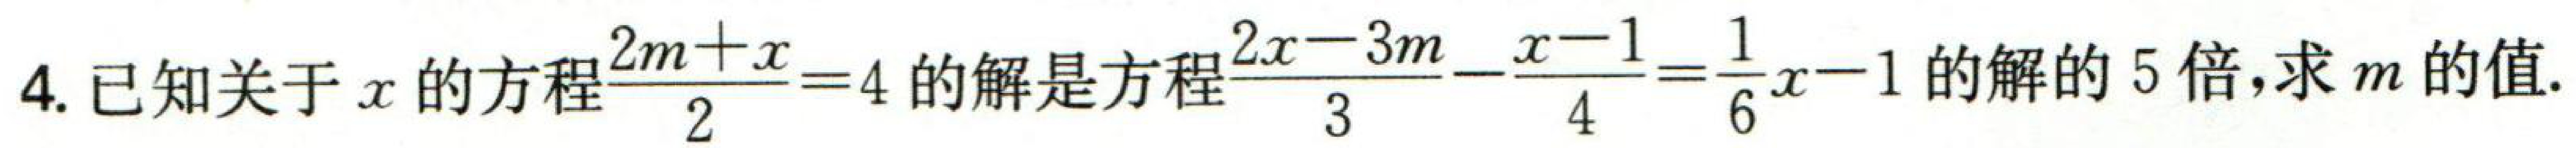
4. 已知关于\(x\)的方程\(\frac{2m + x}{2}=4\)的解是方程\(\frac{2x - 3m}{3}-\frac{x - 1}{4}=\frac{1}{6}x - 1\)的解的\(5\)倍，求\(m\)的值.